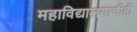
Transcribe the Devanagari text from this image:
महाविद्यालयाचीही